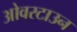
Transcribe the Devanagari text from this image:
ओवरटाउन